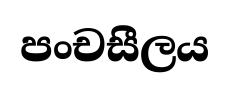
පංචසීලය